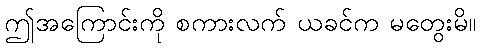
ဤအကြောင်းကို စကားလက် ယခင်က မတွေးမိ။